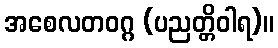
အစေလတဝဂ္ဂ (ပညတ္တိဝါရ)။